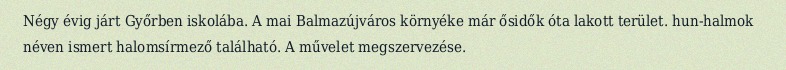
Négy évig járt Győrben iskolába. A mai Balmazújváros környéke már ősidők óta lakott terület. hun-halmok néven ismert halomsírmező található. A művelet megszervezése.